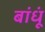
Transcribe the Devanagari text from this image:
बांधूं